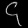
Digit: ၄